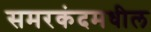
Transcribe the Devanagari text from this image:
समरकंदमधील